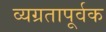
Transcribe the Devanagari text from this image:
व्यग्रतापूर्वक